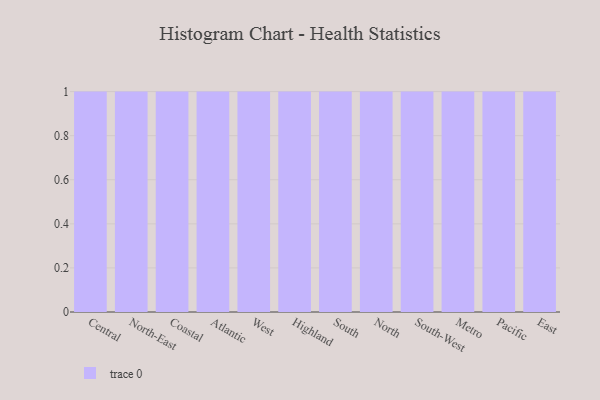
{"axis": {"x": "Region", "y": "Customer Acquisition Cost (USD)"}, "legend": [""], "data": [{"x": "Central", "y": 91, "type": ""}, {"x": "North-East", "y": 15, "type": ""}, {"x": "Coastal", "y": 21, "type": ""}, {"x": "Atlantic", "y": 26, "type": ""}, {"x": "West", "y": 43, "type": ""}, {"x": "Highland", "y": 5, "type": ""}, {"x": "South", "y": 47, "type": ""}, {"x": "North", "y": 98, "type": ""}, {"x": "South-West", "y": 47, "type": ""}, {"x": "Metro", "y": 99, "type": ""}, {"x": "Pacific", "y": 10, "type": ""}, {"x": "East", "y": 57, "type": ""}]}